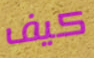
كيف